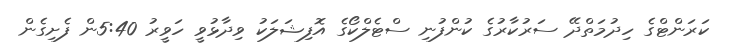
ކަރަންޓްގެ ހިދުމަތްދޭ ސަރުކާރުގެ ކުންފުނި ސްޓެލްކޯގެ އޮފިޝަލަކު ވިދާޅުވީ ހަވީރު 5:40ން ފެށިގެން